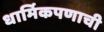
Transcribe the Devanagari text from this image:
धार्मिकपणाची